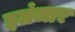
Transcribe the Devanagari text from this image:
इतंजार